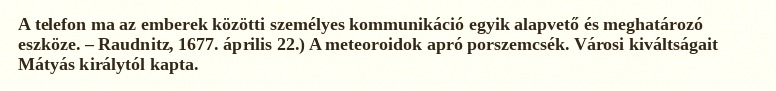
A telefon ma az emberek közötti személyes kommunikáció egyik alapvető és meghatározó eszköze. – Raudnitz, 1677. április 22.) A meteoroidok apró porszemcsék. Városi kiváltságait Mátyás királytól kapta.